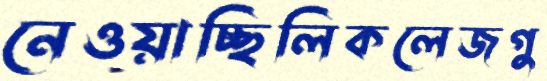
নেওয়াচ্ছিলিকলেজগু